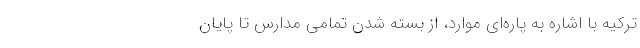
ترکیه با اشاره به پاره‌ای موارد، از بسته شدن تمامی مدارس تا پایان